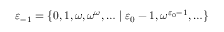
\varepsilon _ { - 1 } = \{ 0 , 1 , \omega , \omega ^ { \omega } , \ldots \mid \varepsilon _ { 0 } - 1 , \omega ^ { \varepsilon _ { 0 } - 1 } , \ldots \}